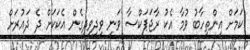
ކަމަށް އިންތިހާބު ވުމާ އެކު ރާޖަޕަކްސާ ވަނީ ވިދިވިދިގެން އެކަކަށް ދެ ދައުރަށް